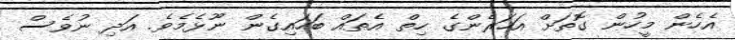
އެހެން މީހުން ގޮތަށް އަހަރެންގެ ހިތް އެތައް ބަހައިގެން ނޫޅެމެވެ. އަދި ނުވެސް